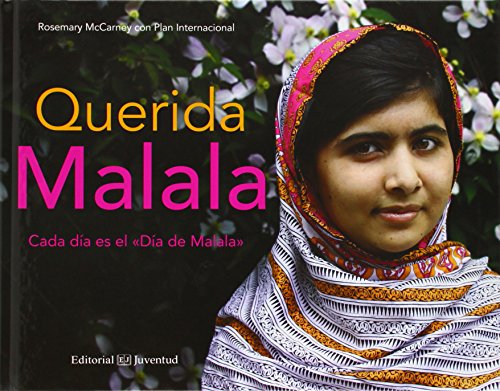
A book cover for Querida Malala (Spanish Edition); McCarney; Teen & Young Adult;